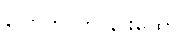
ပြောတာကို နားထောင်